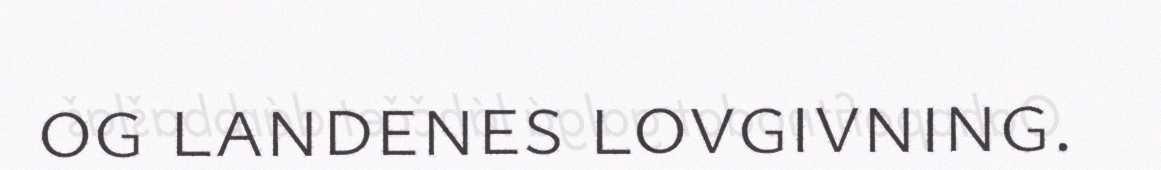
og landenes lovgivning.